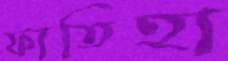
ফাতিহা